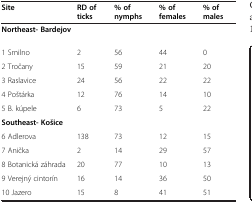
| Site | RD of ticks | % of nymphs | % of females | % of males |
 | --- | --- | --- | --- | --- |
 | Northeast- Bardejov |  |  |  |  |
 | 1 Smilno | 2 | 56 | 44 | 0 |
 | 2 Tročany | 15 | 59 | 21 | 20 |
 | 3 Raslavice | 24 | 56 | 22 | 22 |
 | 4 Poštárka | 12 | 76 | 14 | 10 |
 | 5 B. kúpele | 6 | 73 | 5 | 22 |
 | Southeast- Košice |  |  |  |  |
 | 6 Adlerova | 138 | 73 | 12 | 15 |
 | 7 Anička | 2 | 14 | 29 | 57 |
 | 8 Botanická záhrada | 20 | 77 | 10 | 13 |
 | 9 Verejný cintorín | 16 | 14 | 36 | 50 |
 | 10 Jazero | 15 | 8 | 41 | 51 |